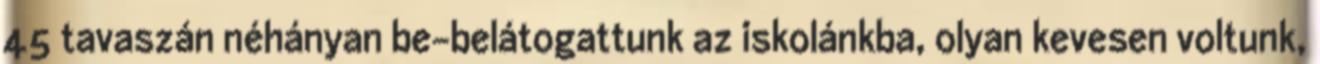
45 tavaszán néhányan be-belátogattunk az iskolánkba, olyan kevesen voltunk,